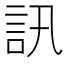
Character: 訊